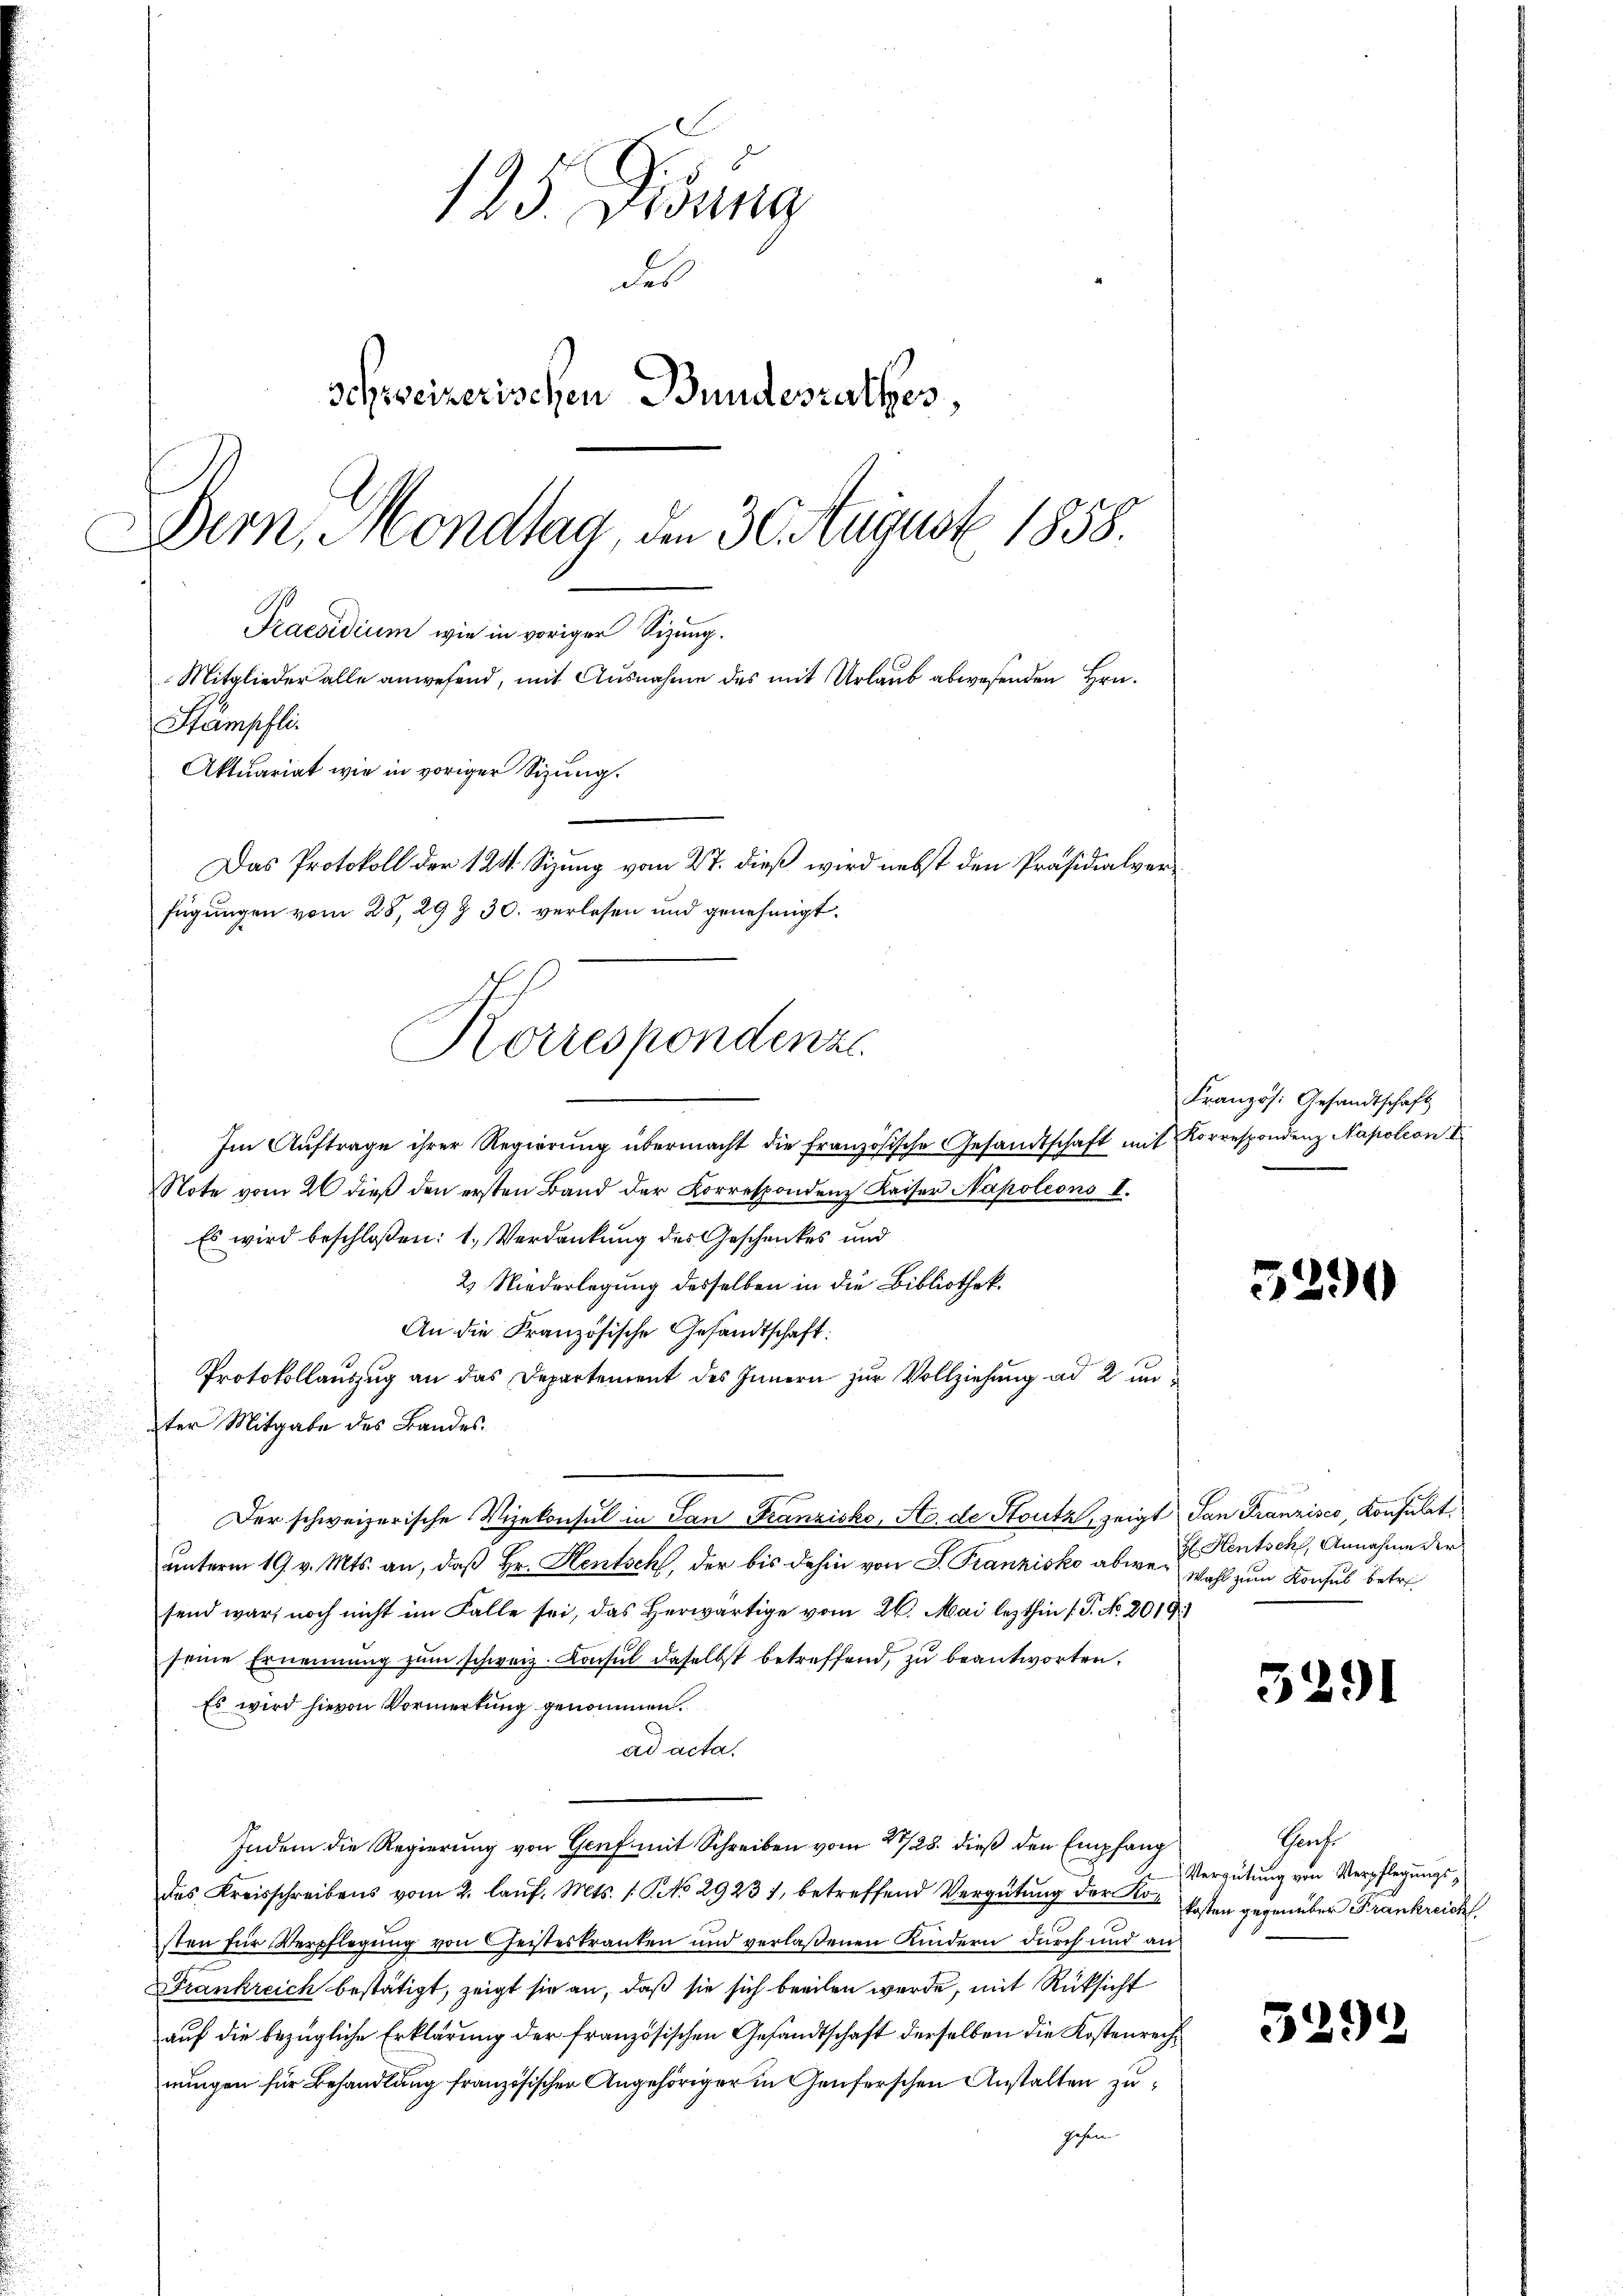
125. Frauna
des
schweizerischen Bundesrathes
Bern, Mondtag, den 30. August 1858.
Praesidium wie in voriger Sitzung.
Mitglieder alle anwesend, mit Ausnahme des mit Urlaub abwesenden Hrn.
Stämpfli
Aktuariat wie in voriger Sizung.
Das Protokoll der 124. Sizung vom 27. dieß wird nebst den Präsidialverfügungen vom 28. 29 § 30. verlesen und genehmigt.

Im Auftrage ihrer Regierung übermacht die französische Gesandtschaft mit Korrespondenz Napoleon I
Note vom 26 dieß den ersten Band der Korrespondenz Kaiser Napoleons I.
Es wird beschloßen: 1. Verdankung des Geschenkes und
2) Niederlegung desselben in die Bibliothek.
An die Kranzösische Gesandtschaft:
Protokollauszug an das Departement des Innern zur Vollziehung ad 2 unter Mitgabe des Bandes
Der schweizerische Vizekonsul in San Franzisko, A. de Stutz, zeigt dan Franzisco, Konsulat
unterm 19. v. Mts. an, daß Hr. Hentsch, der bis dahin von S. Franzisko abweg wohl zum Konsul betresend war, noch nicht im Falle sei, das herwärtige vom 26. Mai lezthin /: P. No. 2019.1
seine Ernennung zum schweiz. Konsul daselbst betreffend, zu beantworten.
Es wird hievon Vormerkung genommen.
ad acta.
Indem die Regierung von Genf mit Schreiben vom 28/28. dieß den Empfang
das Kreisschreibens vom 2. laŭf. Mts. 1. P. No 29231, betreffend Vergütung der Kosten für Verpflegung von Geisteskranken und verlaßenen Kindern durch und an
Frankreich bestätigt, zeigt sie an, daß sie sich beeilen werde, mit Rüksicht
auf die bezügliche Erklärung der französischen Gesandtschaft derselben die Kostenrechnungen für Behandlung französischer Angehöriger in Genferschen Anstalten zugehen

Korrespondenz

Französ. Gesandtschaft

52.

)

H Hentsch, Annahme der

329)

Sache
Vergütung von Verpflegungskosten gegenüber Frankreich

5292